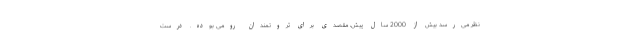
نظر می‌رسد بیش از 2000 سال پیش، مقصدی برای ثروتمندان رومی بوده. درست